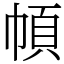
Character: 幁